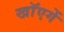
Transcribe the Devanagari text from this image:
खाॅएगें